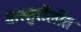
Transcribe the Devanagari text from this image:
वास्तुशैलीत